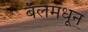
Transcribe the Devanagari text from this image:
बॅलेमधून